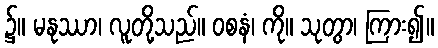
၌။ မနုဿာ၊ လူတို့သည်။ ဝစနံ၊ ကို။ သုတွာ၊ ကြား၍။